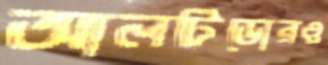
আলটিডোরও